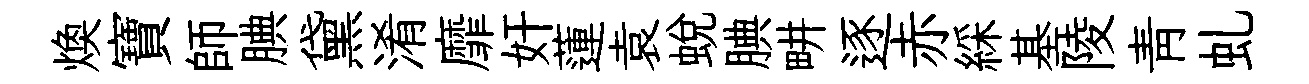
焕寶師腆黛淆靡奸蓮袁蛻腆畊逐赤綵基陵靑虬